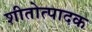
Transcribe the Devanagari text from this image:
शीतोत्पादक